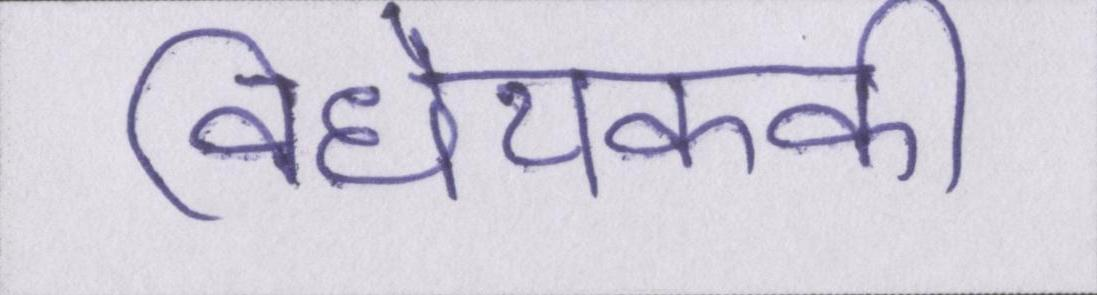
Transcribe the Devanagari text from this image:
विधेयककी